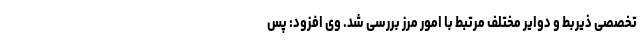
تخصصی ذیربط و دوایر مختلف مرتبط با امور مرز بررسی شد. وی افزود: پس